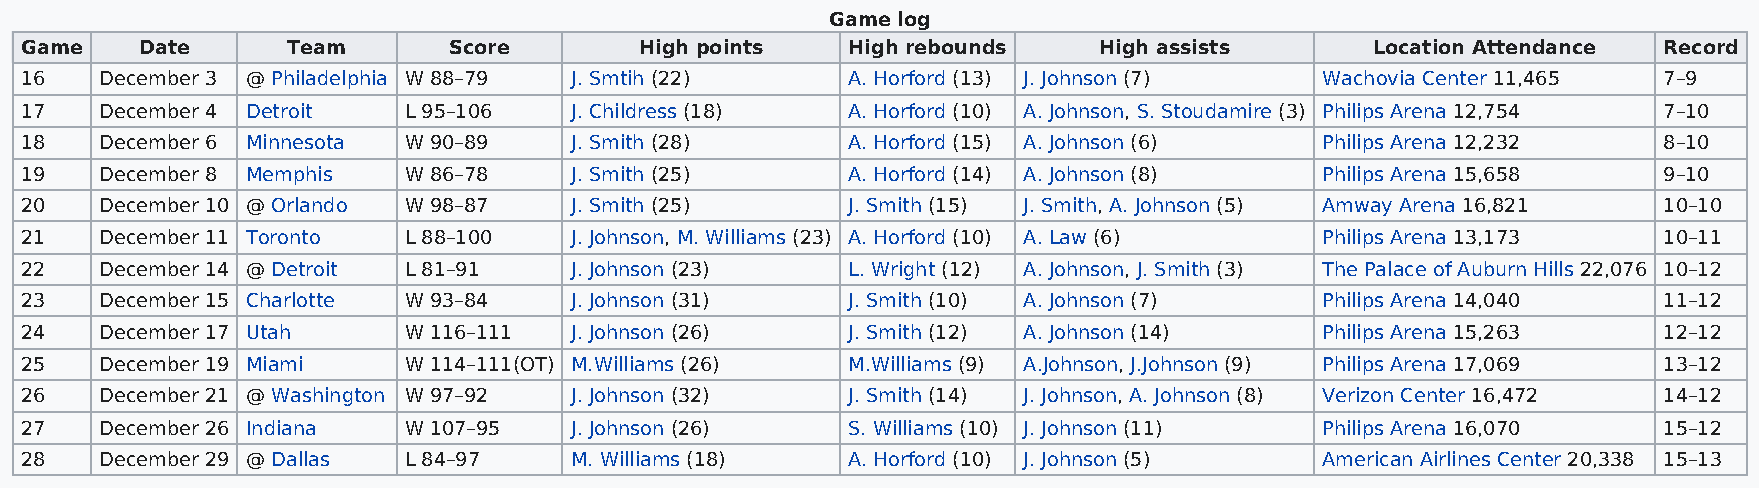
Game log
 Game    Date      Team       Score       High points   High rebounds    High assists      Location Attendance Record
 16    December 3 @ Philadelphia W 88–79 J. Smtih (22)  A. Horford (13) J. Johnson (7) Wachovia Center 11,465 7–9
 17    December 4 Detroit  L 95–106   J. Childress (18) A. Horford (10) A. Johnson, S. Stoudamire (3) Philips Arena 12,754 7–10
 18    December 6 Minnesota W 90–89   J. Smith (28)     A. Horford (15) A. Johnson (6) Philips Arena 12,232   8–10
 19    December 8 Memphis  W 86–78    J. Smith (25)     A. Horford (14) A. Johnson (8) Philips Arena 15,658   9–10
 20    December 10 @ Orlando W 98–87  J. Smith (25)     J. Smith (15) J. Smith, A. Johnson (5) Amway Arena 16,821 10–10
 21    December 11 Toronto L 88–100   J. Johnson, M. Williams (23) A. Horford (10) A. Law (6) Philips Arena 13,173 10–11
 22    December 14 @ Detroit L 81–91  J. Johnson (23)   L. Wright (12) A. Johnson, J. Smith (3) The Palace of Auburn Hills 22,076 10–12
 23    December 15 Charlotte W 93–84  J. Johnson (31)   J. Smith (10) A. Johnson (7)   Philips Arena 14,040   11–12
 24    December 17 Utah    W 116–111  J. Johnson (26)   J. Smith (12) A. Johnson (14)  Philips Arena 15,263   12–12
 25    December 19 Miami   W 114–111(OT) M.Williams (26) M.Williams (9) A.Johnson, J.Johnson (9) Philips Arena 17,069 13–12
 26    December 21 @ Washington W 97–92 J. Johnson (32) J. Smith (14) J. Johnson, A. Johnson (8) Verizon Center 16,472 14–12
 27    December 26 Indiana W 107–95   J. Johnson (26)   S. Williams (10) J. Johnson (11) Philips Arena 16,070 15–12
 28    December 29 @ Dallas L 84–97   M. Williams (18)  A. Horford (10) J. Johnson (5) American Airlines Center 20,338 15–13